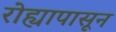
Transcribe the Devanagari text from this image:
रोह्यापासून